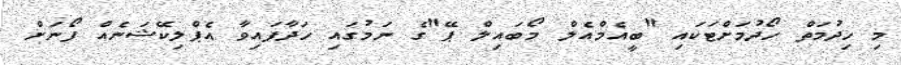
މި ހިދުމަތް ހޯދުމަށްޓަކައި "ބީއެމްއެލް މޯބައިލް ޕޭ"ގެ ނަމުގައި ހަދާފައިވާ އެޕްލިކޭޝަނެއް ފޯނަށް